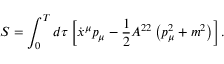
S = \int _ { 0 } ^ { T } d \tau \left[ \dot { x } ^ { \mu } p _ { \mu } - \frac 1 2 A ^ { 2 2 } \left( p _ { \mu } ^ { 2 } + m ^ { 2 } \right) \right] .